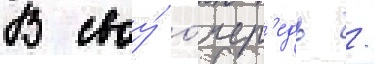
В своу́ о́чер'едь /